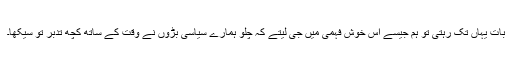
بات یہاں تک رہتی تو ہم جیسے اس خوش فہمی میں جی لیتے کہ چلو ہمارے سیاسی بڑوں نے وقت کے ساتھ کچھ تدبر تو سیکھا۔